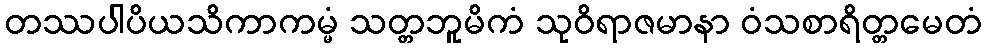
တဿပါပိယသိကာကမ္မံ သတ္တဘူမိကံ သုဝိရာဇမာနာ ဝံသစာရိတ္တမေတံ